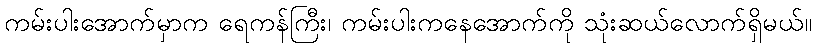
ကမ်းပါးအောက်မှာက ရေကန်ကြီး၊ ကမ်းပါးကနေအောက်ကို သုံးဆယ်လောက်ရှိမယ်။